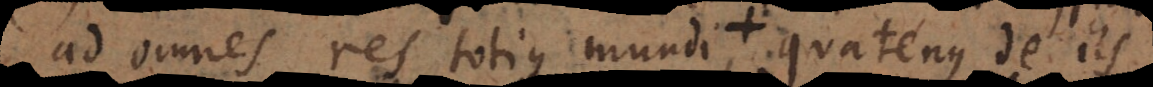
ad omnes res totius mundi characteristicae huic